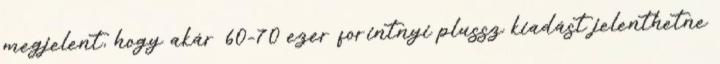
megjelent, hogy akár 60-70 ezer forintnyi plussz kiadást jelenthetne